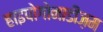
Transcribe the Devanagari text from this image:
हाइपोगोनाडीज़म